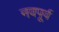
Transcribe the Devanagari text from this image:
नवपूर्व